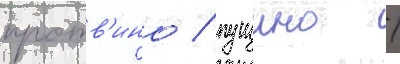
протв'ино / пущино /